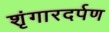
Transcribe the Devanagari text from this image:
शृंगारदर्पण